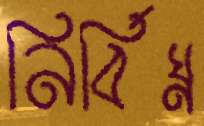
নির্বিঘ্ন